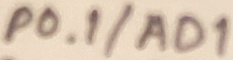
Text: P0.1/AD1